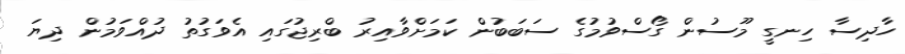
ހާދިސާ ހިނގީ މޫސުން ގޯސްވުމުގެ ސަބަބުން ކަމަށްވާއިރު ބްރިޖުގައި އެވަގުތު ދުއްވަމުން ދިޔަ